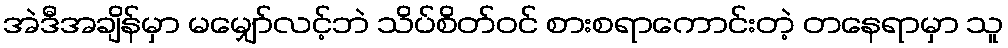
အဲဒီအချိန်မှာ မမျှော်လင့်ဘဲ သိပ်စိတ်ဝင် စားစရာကောင်းတဲ့ တနေရာမှာ သူ